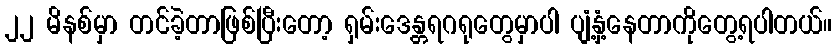
၂၂ မိနစ်မှာ တင်ခဲ့တာဖြစ်ပြီးတော့ ရှမ်းဒေန္တရဂရုတွေမှာပါ ပျံ့နှံ့နေတာကိုတွေ့ရပါတယ်။